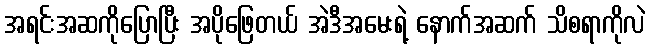
အရင်းအဆကိုပြောပြီး အပိုဖြေတယ် အဲဒီအမေးရဲ့ နောက်အဆက် သိစရာကိုလဲ